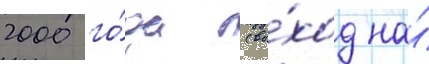
2000 го́да (вы́ход на́